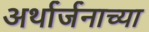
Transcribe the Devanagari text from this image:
अर्थार्जनाच्या